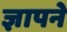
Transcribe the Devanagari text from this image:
ज्ञापने